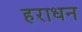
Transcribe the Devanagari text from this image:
हराधन